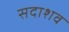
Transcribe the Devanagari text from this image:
सदाशव